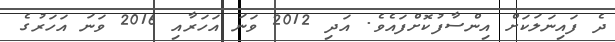
ދެ ފައިނަލަކަށް އިންސާފުކޮށްފައެވެ. އަދި 2012 ވަނަ އަހަރާއި 2016 ވަނަ އަހަރުގެ